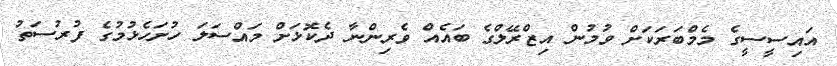
އައިސީސީގެ މެމްބަރަކަށް ވުމުން އިޒްރޭލްގެ ބައެއް ވެރިންނާ ދެކޮޅަށް މައްސަލަ ހުށަހެޅުމުގެ ފުރުސަތު